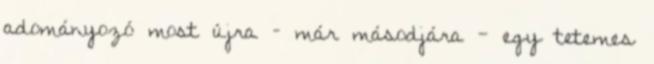
adományozó most újra – már másodjára - egy tetemes